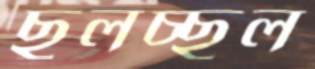
ছলচ্ছল